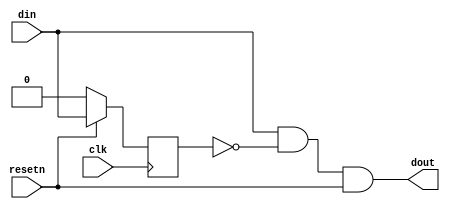
module model (
	input  clk,
	input  resetn,
	input  din,
	output dout
);

// trigger a pulse within the same cycle 
reg  pulse_seen_q;
wire pulse_seen_next;

assign dout = din & ~pulse_seen_q & resetn;

assign pulse_seen_next = din; 
 
always @(posedge clk)
begin
	if ( ~resetn ) begin
		pulse_seen_q <= 1'b0;
	end else begin
		pulse_seen_q <= pulse_seen_next;
	end
end


`ifdef FORMAL
// din used in formal, doesn't rise on reset
wire din_f;
assign din_f = din & resetn;

initial begin
	// assume
	a_reset : assume( ~resetn );
	a_dout_zero : assume ( ~dout );
end


always @(posedge clk)
begin
	// assert
	// dout has to be set to zero during reset
	sva_dout_reset  : assert( resetn | ( ~resetn & ~dout ));
	if (resetn) begin
		
		sva_pulse : assert( $rose(din_f) == dout );
			
		// cover
		c_dout : cover ( dout );  
		c_ndout : cover ( ~dout );  
	end
	c_nreset : cover ( ~resetn );
end
`endif
endmodule